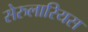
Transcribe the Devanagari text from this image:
सेरुलारियस